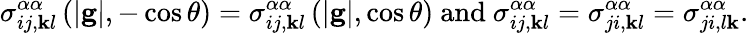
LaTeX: \sigma_{ij,\mathbf{k}l}^{\alpha\alpha}\left(\left\vert\mathbf{{g}}\right\vert,-\cos\theta\right)=\sigma_{ij,\mathbf{k}l}^{\alpha\alpha}\left(\left\vert\mathbf{{g}}\right\vert,\cos\theta\right)\mathrm{{~and~}}\sigma_{ij,\mathbf{k}l}^{\alpha\alpha}=\sigma_{ji,\mathbf{k}l}^{\alpha\alpha}=\sigma_{ji,l\mathbf{k}}^{\alpha\alpha}\mathrm{{.}}